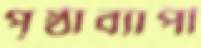
পৃষ্ঠাব্যাপী